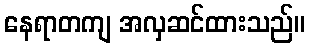
နေရာတကျ အလှဆင်ထားသည်။